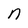
Character: n